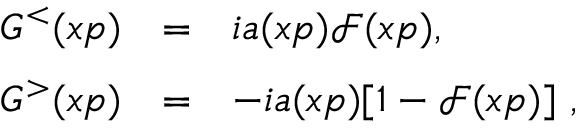
\begin{array} { l c l } { { G ^ { < } ( x p ) } } & { { = } } & { { i a ( x p ) \mathcal { F } ( x p ) \vphantom { \biggl ] } \mathrm { , } } } \\ { { G ^ { > } ( x p ) } } & { { = } } & { { - i a ( x p ) [ 1 - \mathcal { F } ( x p ) ] \mathrm { ~ , } } } \end{array}